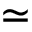
\simeq